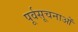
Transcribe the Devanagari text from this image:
पूर्वसूचनाओं